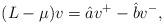
LaTeX: \begin{align*} (L-\mu)v=\hat{a}v^+-\hat{b}v^-,\end{align*}